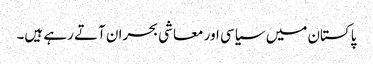
پاکستان میں سیاسی اور معاشی بحران آتے رہے ہیں۔